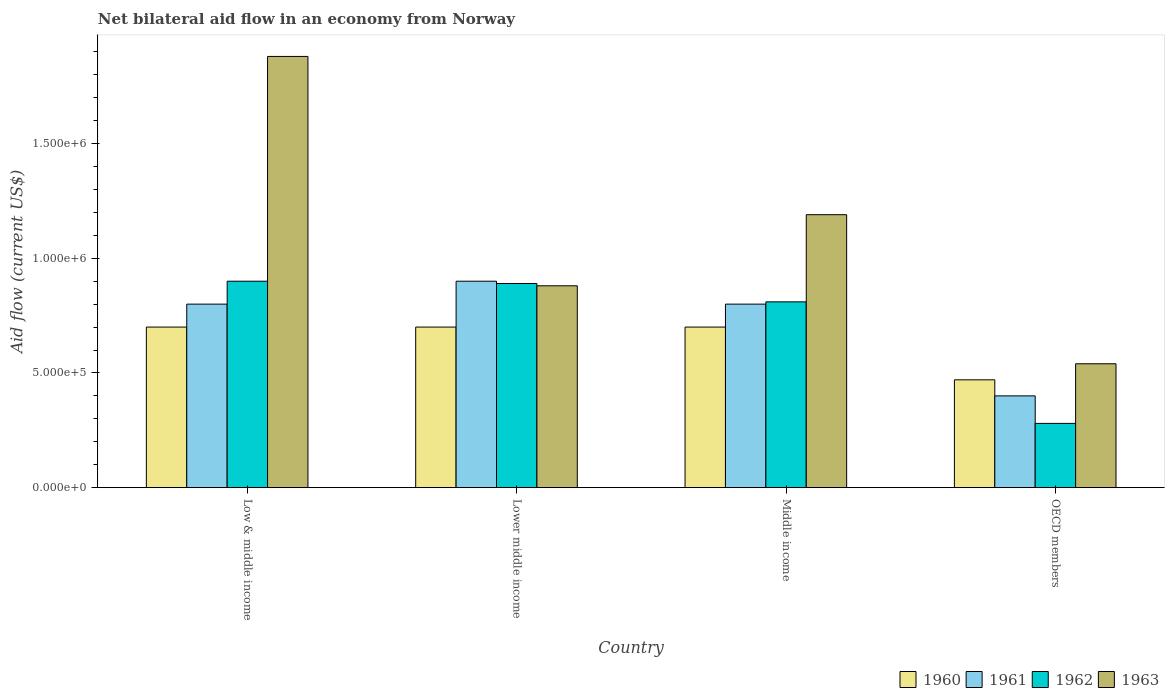
| Country | 1960 | 1961 | 1962 | 1963 |
 | --- | --- | --- | --- | --- |
 | Low & middle income | 7e+05 | 8e+05 | 9e+05 | 1.88e+06 |
 | Lower middle income | 7e+05 | 9e+05 | 8.9e+05 | 8.8e+05 |
 | Middle income | 7e+05 | 8e+05 | 8.1e+05 | 1.19e+06 |
 | OECD members | 4.7e+05 | 4e+05 | 2.8e+05 | 5.4e+05 |